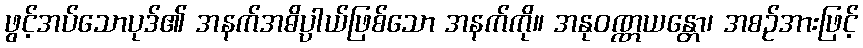
ဖွင့်အပ်သောပုဒ်၏ အနက်အဓိပ္ပါယ်ဖြစ်သော အနက်ကို။ အနုဝဏ္ဏယန္တော၊ အစဉ်အားဖြင့်